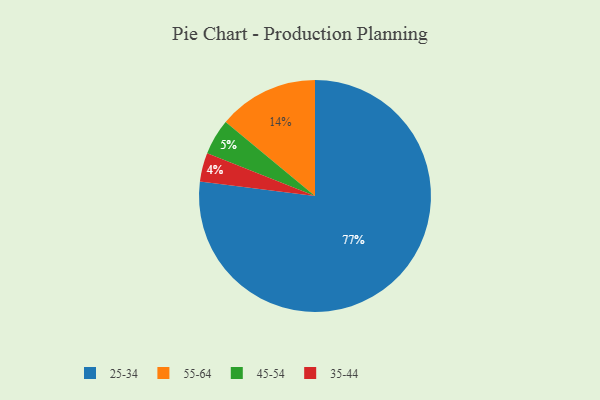
{"axis": {"x": "Category", "y": "Percentage"}, "legend": ["25-34", "35-44", "45-54", "55-64"], "data": [{"x": "55-64", "y": 14, "type": "55-64"}, {"x": "45-54", "y": 5, "type": "45-54"}, {"x": "35-44", "y": 4, "type": "35-44"}, {"x": "25-34", "y": 77, "type": "25-34"}]}